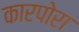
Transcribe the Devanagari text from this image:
कारपोरा